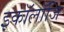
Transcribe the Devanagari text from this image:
इकॉलॉजि